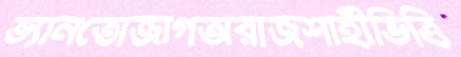
ভ্যানতোজাগঅরাজশাহীভিত্তি